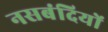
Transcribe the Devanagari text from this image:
नसबंदियों